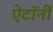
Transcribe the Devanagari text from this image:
ऐटॉर्नी